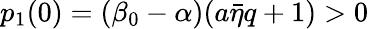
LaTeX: p_{1}(0)=(\beta_{0}-{\alpha})(a\bar{\eta}q+1)>0